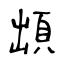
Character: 䪼